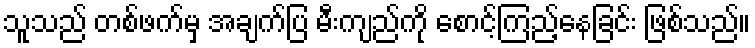
သူသည် တစ်ဖက်မှ အချက်ပြ မီးကျည်ကို စောင့်ကြည့်နေခြင်း ဖြစ်သည်။